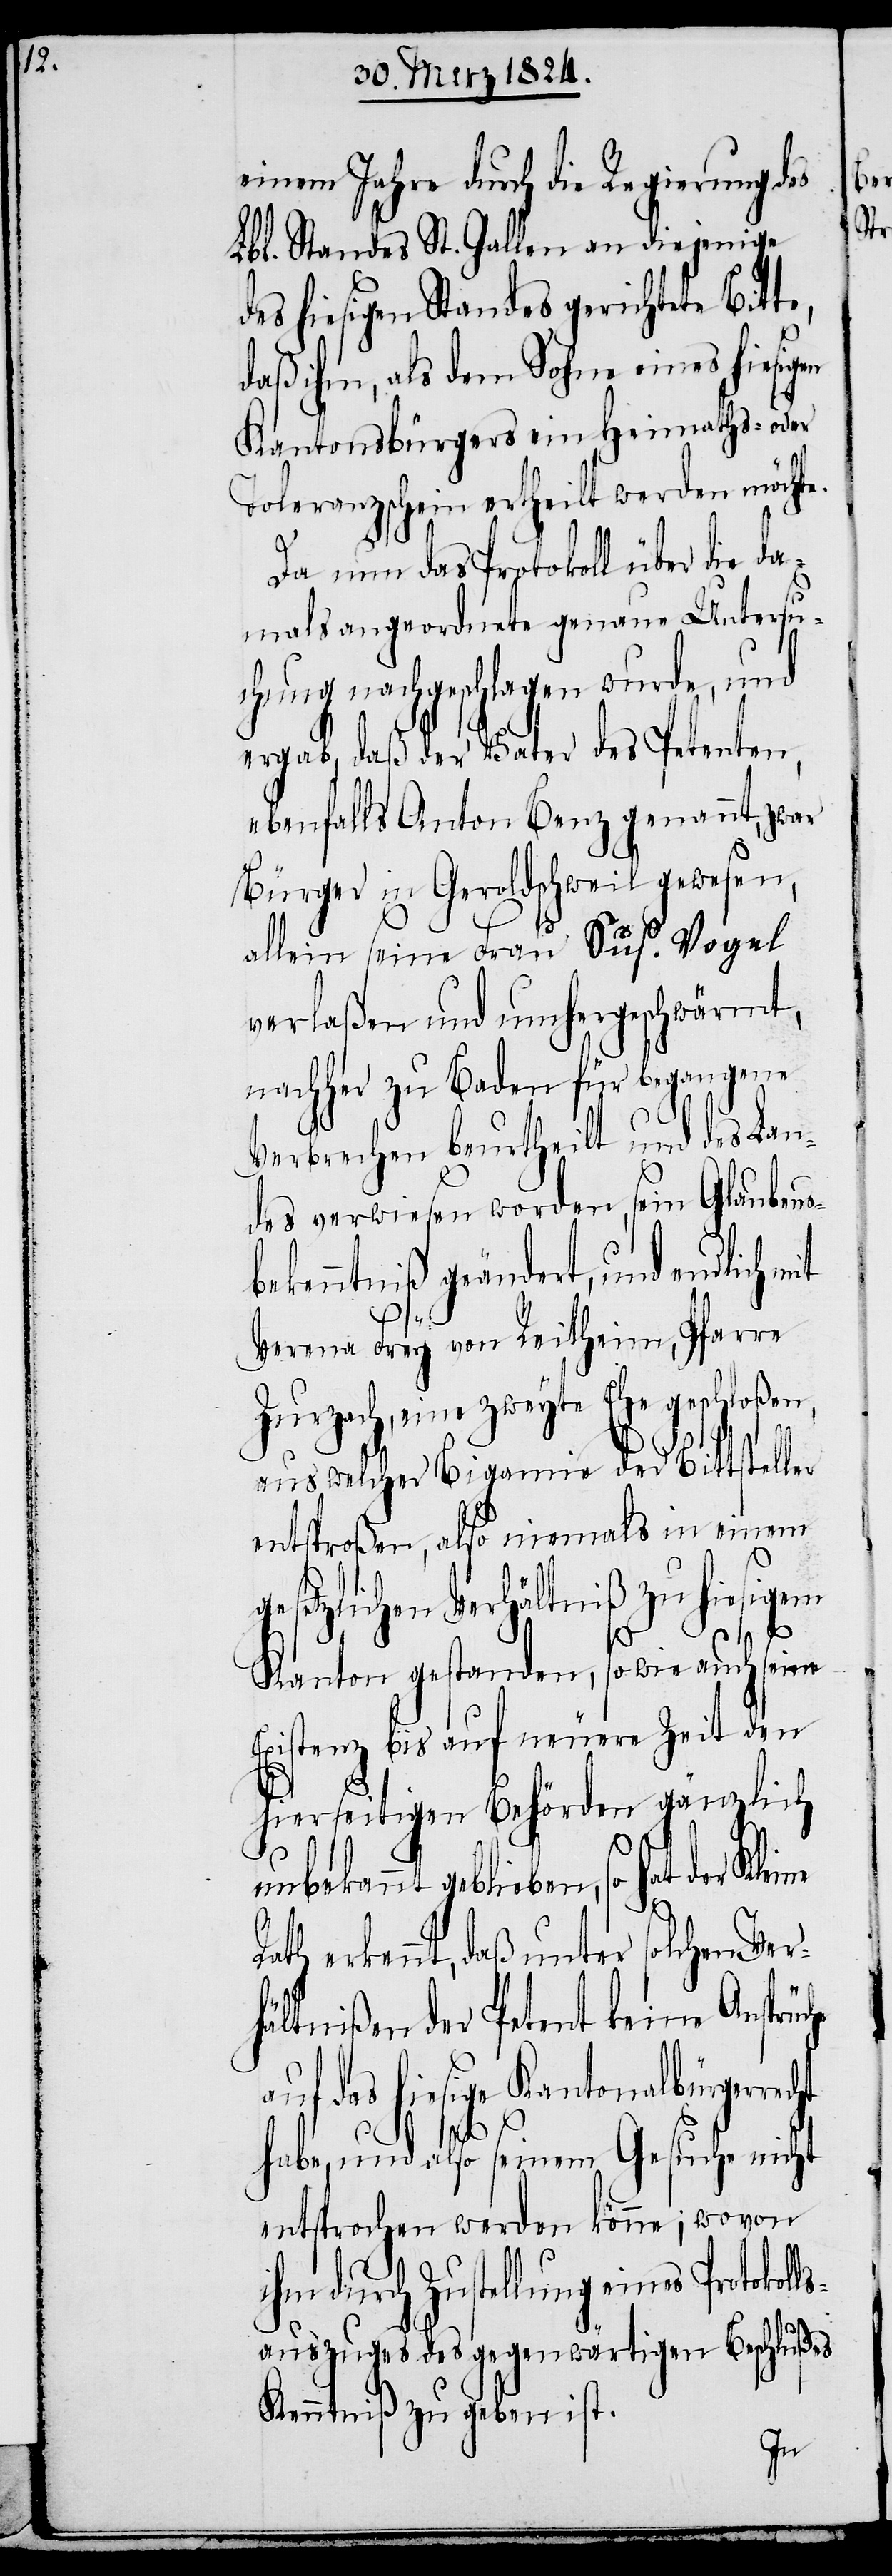
einem Jahre durch die Regierung des
Lbl. Standes St. Gallen an diejenige
des hiesigen Standes gerichtete Bitte,
daß ihm, als dem Sohne eines hiesig¬
Kantonsbürgers ein Heimaths- oder
Toleranzschein ertheilt werden möcht¬
Da nun das Protokoll über die da¬
mals angeordnete genaue Untersu¬
chung nachgeschlagen wurde, und
ergab, daß der Vater des Petenten,
ebenfalls Anton Benz genannt, zwar
Bürger in Geroldschweil gewesen,
allein seine Frau Sus. Vogel
verlaßen und umhergeschwärmt,
nachher zu Baden für begangene
Verbrechen beurtheilt und des Lan¬
des überwiesen worden, sein Glaubens¬
bekenntniß geändert, und endlich
Verena Frey von Reitheim, Pfarre
Zurzach, eine zweyte Ehe geschloßen,
aus welcher Bigamie der Bittsteller
entsproßen, also niemals in einem
gesetzlichen Verhältniß zu hiesigem
ls¬
Kanton gestanden, so wie auch seine
Existenz bis auf neuere Zeit den
hierseitigen Behörden gänzlich
unbekannt geblieben, so hat der
Rath erkennt, daß unter solchen Ver¬
hältnißen der Petent keine Ansprüc¬
auf das hiesige Kantonalbürgerrec¬
ht
habe, und also seinem Gesuche nicht
entsprochen werden könne; wovon
ihm durch Zustellung eines Protokol¬
auszuges des gegenwärtigen Beschlußes
Kenntniß zu geben ist.
en